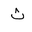
Letter: _tha